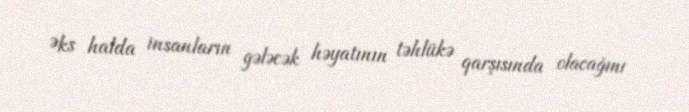
Əks halda insanların gələcək həyatının təhlükə qarşısında olacağını